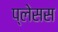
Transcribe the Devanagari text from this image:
प्लेसस